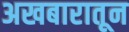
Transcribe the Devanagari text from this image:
अखबारातून